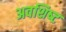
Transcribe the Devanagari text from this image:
अवशिष्‍ट